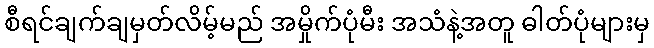
စီရင်ချက်ချမှတ်လိမ့်မည် အမှိုက်ပုံမီး အသံနဲ့အတူ ဓါတ်ပုံများမှ